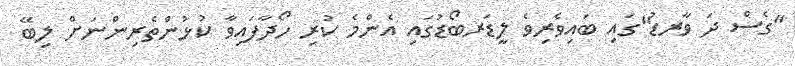
"ގެސް ދަ ވާރޑު"ގައި ބައިވެރިވެ ލީޑަރބޯޑުގައި އެންމެ ކުރި ހޯދާފައިވާ ކުޅުންތެރިންނަށް ލިބޭ